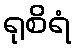
ရုစိရံ